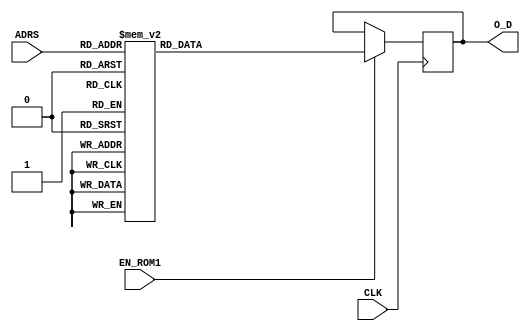
`timescale 1ns / 1ps
//////////////////////////////////////////////////////////////////////////////////
// Company: ITCR 
// 
// Design Name: 
// Module Name: LUT_SHIFT
// Project Name: 
// Target Devices: 
// Tool Versions: 
// Description: 
// 
// Dependencies: 
// 
// Revision:
// Revision 0.01 - File Created
// Additional Comments:
// 
//////////////////////////////////////////////////////////////////////////////////


module LUT_SHIFT #(parameter P = 5) ( 

input wire CLK, 
input wire EN_ROM1,
input wire [4:0] ADRS,
output reg [P-1:0] O_D
);
   
always @(posedge CLK)
      if (EN_ROM1)
         case (ADRS)
            5'b00000: O_D <= 5'b00000; 
            5'b00001: O_D <= 5'b00000; 
            5'b00010: O_D <= 5'b00001; 
            5'b00011: O_D <= 5'b00010; 
            5'b00100: O_D <= 5'b00011; 
            5'b00101: O_D <= 5'b00100; 
            5'b00110: O_D <= 5'b00100; 
            5'b00111: O_D <= 5'b00101; 
            5'b01000: O_D <= 5'b00110; 
            5'b01001: O_D <= 5'b00111; 
            5'b01010: O_D <= 5'b01000; 
            5'b01011: O_D <= 5'b01001; 
            5'b01100: O_D <= 5'b01010; 
            5'b01101: O_D <= 5'b01011; 
            5'b01110: O_D <= 5'b01100; 
            5'b01111: O_D <= 5'b01101; 
            5'b10000: O_D <= 5'b01101; 
            5'b10001: O_D <= 5'b01110; 
            5'b10010: O_D <= 5'b01111; 
            5'b10011: O_D <= 5'b10000; 
            5'b10100: O_D <= 5'b10001; 
            5'b10101: O_D <= 5'b10010; 
            5'b10110: O_D <= 5'b10011; 
            5'b10111: O_D <= 5'b10100; 
            5'b11000: O_D <= 5'b10101; 
            5'b11001: O_D <= 5'b10110; 
            5'b11010: O_D <= 5'b10111; 
            5'b11011: O_D <= 5'b11000; 
            5'b11100: O_D <= 5'b11001; 
            5'b11101: O_D <= 5'b11010; 
            5'b11110: O_D <= 5'b11011; 
            5'b11111: O_D <= 5'b11100; 
            default:  O_D <= 5'b00000;
        endcase
 
endmodule